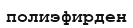
полиэфирден